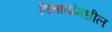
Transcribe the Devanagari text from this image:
विभागांमधील